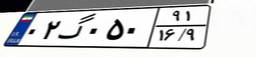
۲۲گ۴۱۷۰۶